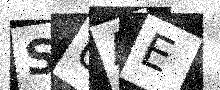
Text: SUAE